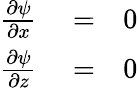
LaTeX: \begin{array}{rlr}{\frac{\partial\psi}{\partial x}}&{{}=}&{0}\\ {\frac{\partial\psi}{\partial z}}&{{}=}&{0}\end{array}